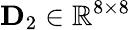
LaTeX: \mathbf{D}_{2}\in\mathbb{R}^{8\times 8}